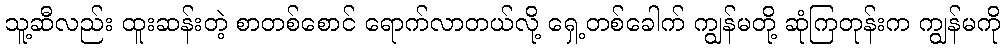
သူ့ဆီလည်း ထူးဆန်းတဲ့ စာတစ်စောင် ရောက်လာတယ်လို့ ရှေ့တစ်ခေါက် ကျွန်မတို့ ဆုံကြတုန်းက ကျွန်မကို